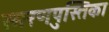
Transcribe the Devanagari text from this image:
स्मरणपुस्तिका